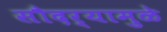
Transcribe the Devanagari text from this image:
सौदर्यामुळे